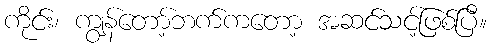
ကိုင်း၊ ကျွန်တော့်ဘက်ကတော့ အဆင်သင့်ဖြစ်ပြီ။